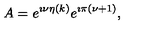
A = e ^ { \imath \nu \eta ( k ) } e ^ { \imath \pi ( \nu + 1 ) } ,